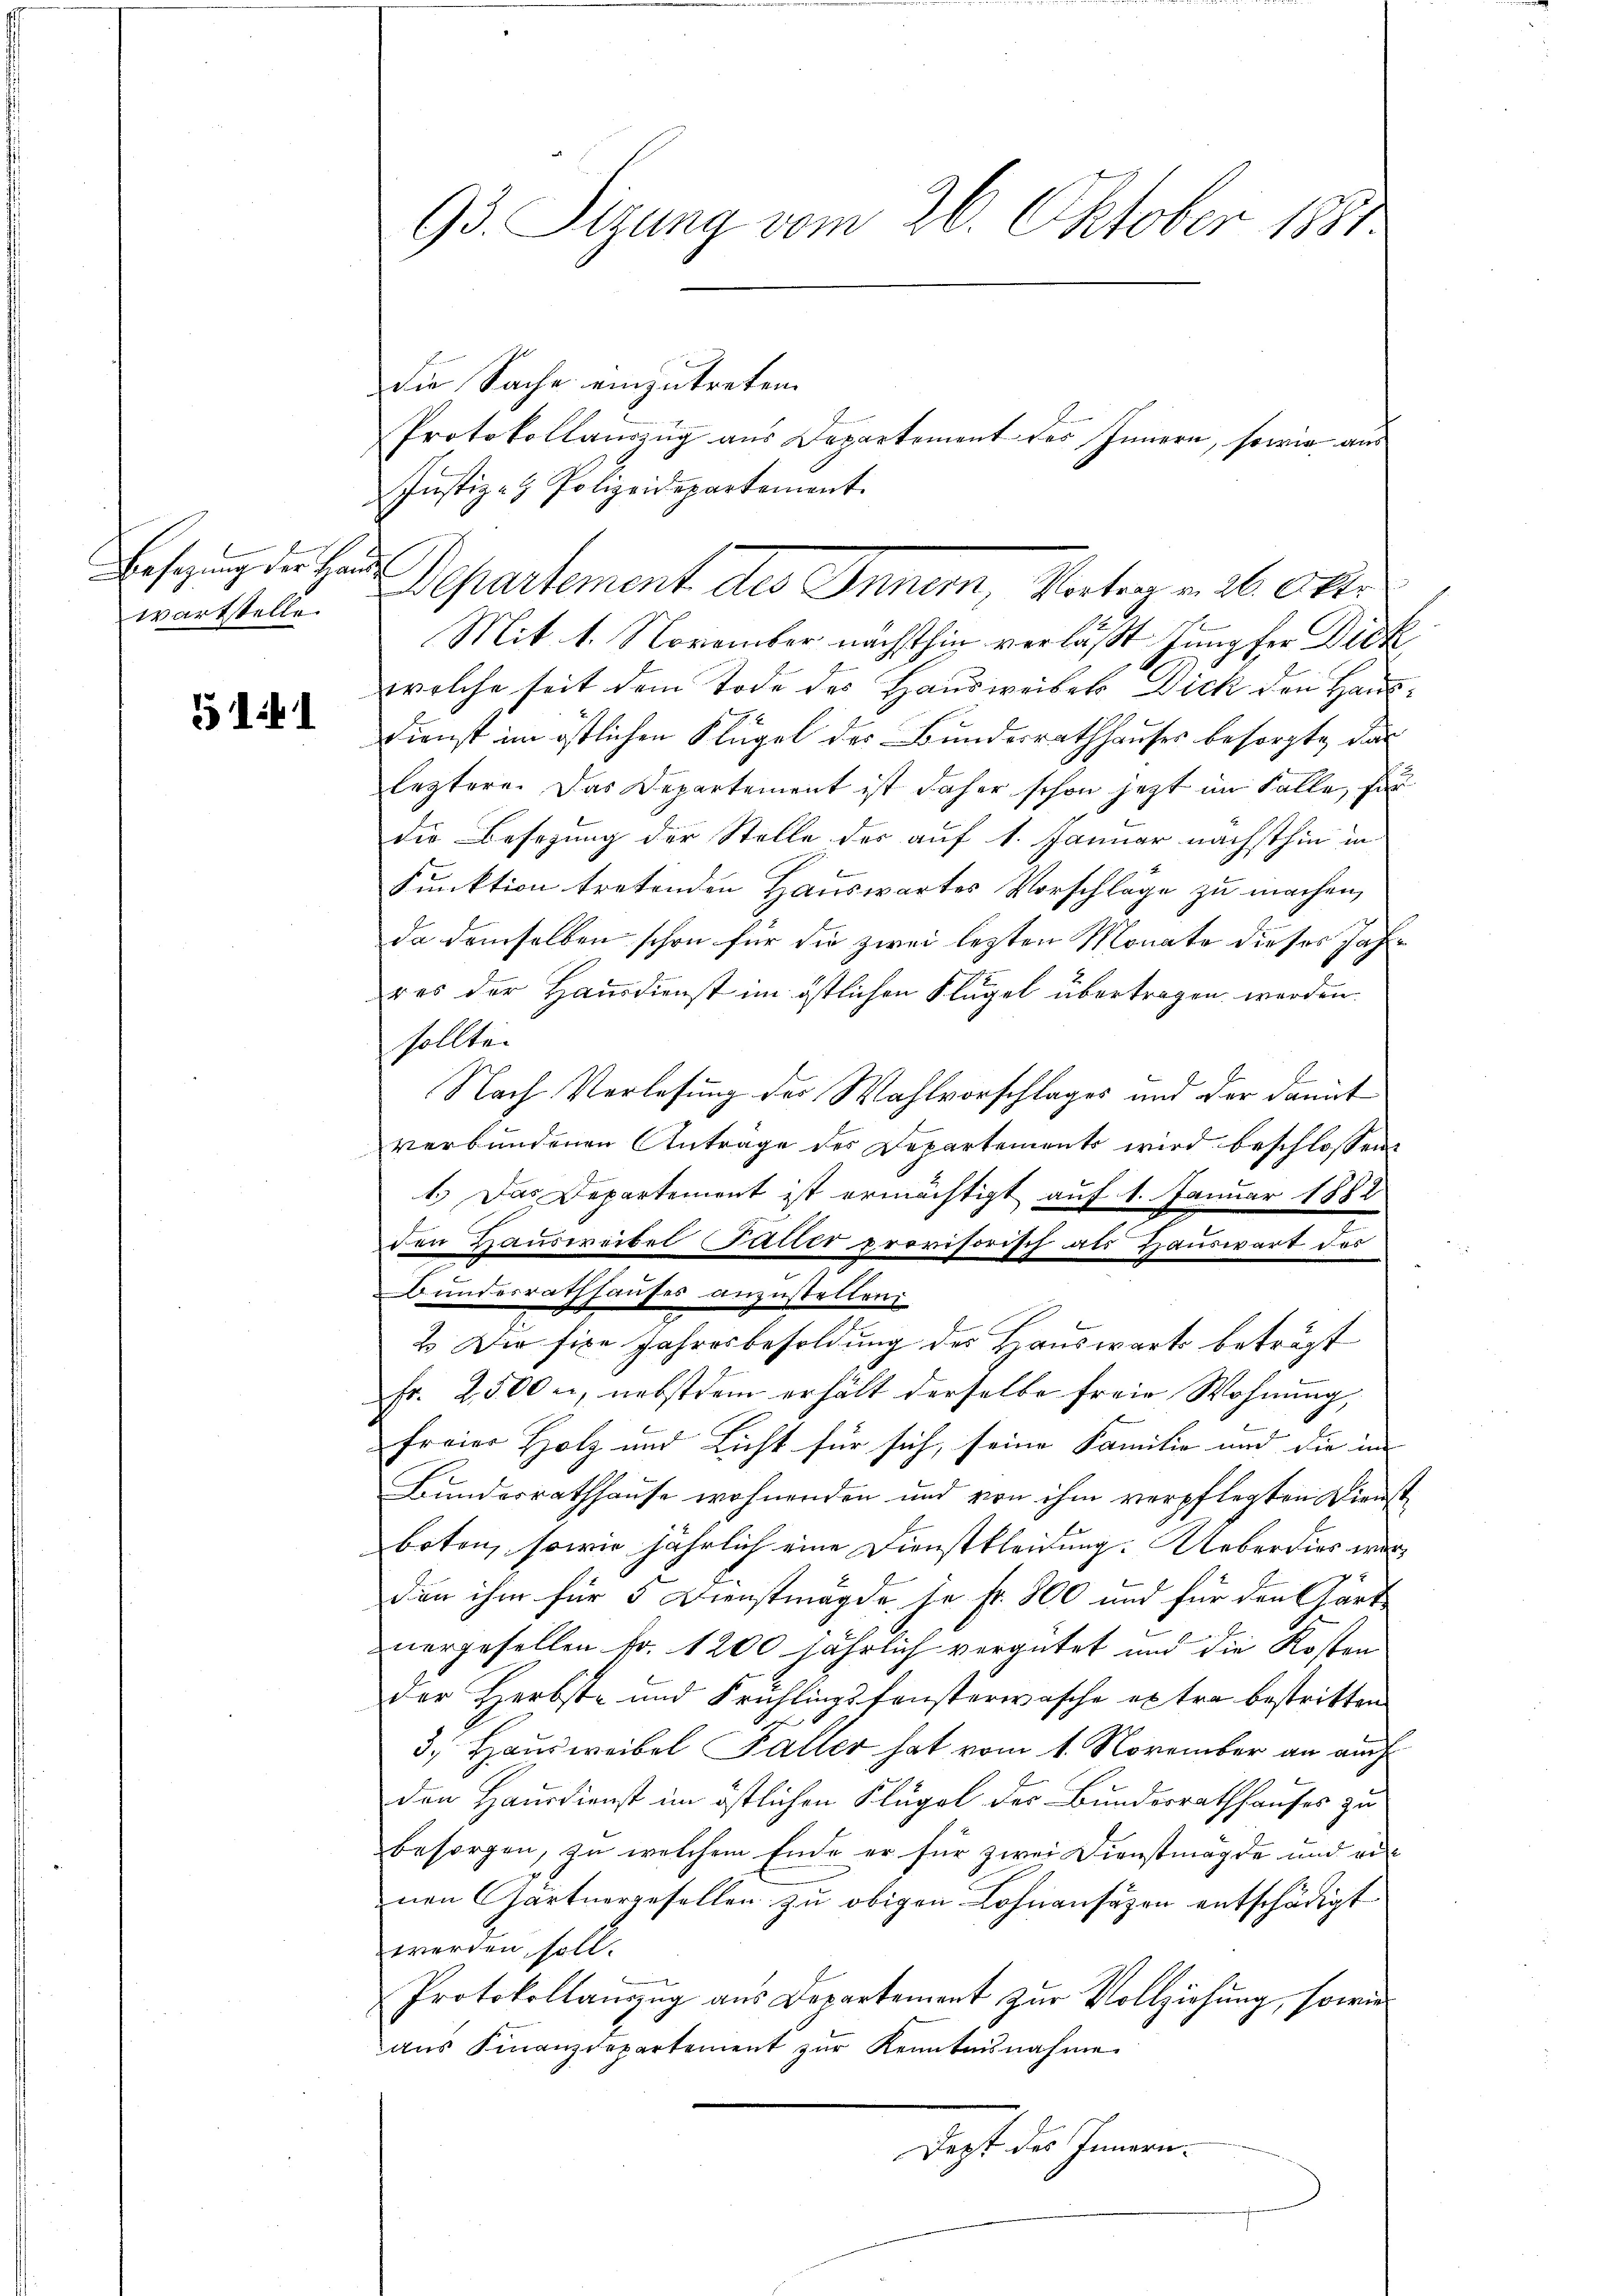
Ersatzung der Lan
wartstelle.

51:41

93. Sizung vom 26. Oktober 1881

die Sache einzutreten.
Protokollauszug aus Departement des Innern, sowie aus
Justiz- & Polizeidepartement.
J
Mit 1. November nächsthin verläßt Jungfer Dick
welche seit dem Tode des Hausweisels Dich den Haus¬
Dienst im östlichen Flügel des Bundesrathhauses besorgte, das
leztere. Das Departement ist daher schon jetzt im Falle, für
die Besetzung der Stelle der auf 1. Januar nächsthin in
Funktion tretenden Hauswartes Vorschläge zu machen,
da demselben schon für die zwei lezten Monate dieses Jahr
uu
res der Hausdienst im östlichen Flügel übertragen werden.
sollte.
Nach Verlesung der Wahlvorschlages und der damit
verbundenen Anträge des Departements wird beschlossen
1.) Das Departement ist ermächtigt auf 1. Januar 1882
den Hausereibel (Tatter provisorisch als Hauswart des
Bundesrathhauses anzustellen
2. Die fixe Jahresbesoldung des Hauswärts beträgt
Fr. 2500 n, nebstdem erhält derselbe freie Wohnung,
freier Holz und Licht für sich, seine Familie und die im
Bundesrathhause wohnenden und von ihm verpflegten Dienst
boten, sowie jährlich eine Dienstkleidung. Ueberdies werden ihm für 5 Dienstmagde je fr. 800 und für den Gärt
nergesellen Fr. 1200 jährlich vergütet und die Kosten
der Herbste und Frühlingsfensterwasche extra bestritten
3. Hausweibel Faller hat vom 1. November an auch
den Hausdienst im östlichen Flügel der Bundesrathhauses zu
besorgen, zu welchem Ende er für zwei Dienstmagde und vi
nen Gartnergesellen zu obigen Lohnansäzen entschädigt
werden soll.
Protokollauszug aus Departement zur Vollziehung, sowie
aŭs Finanzdepartement zŭr Kenntnisnahme
Dept des Innern.

Departement des Innen, Vertag u. 26. Okt.